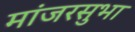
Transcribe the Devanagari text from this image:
मांजरसुभा